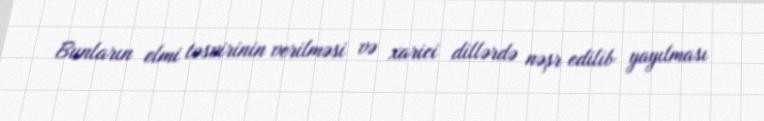
Bunların elmi təsvirinin verilməsi və xarici dillərdə nəşr edilib yayılması